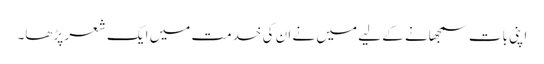
اپنی بات سمجھانے کے لیے میں نے ان کی خدمت میں ایک شعر پڑھا۔